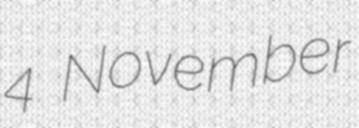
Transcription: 4 November